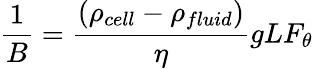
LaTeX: \frac{1}{B}=\frac{(\rho_{cell}-\rho_{fluid})}{\eta}gLF_{\theta}